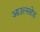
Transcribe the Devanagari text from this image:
आउल्सहेड